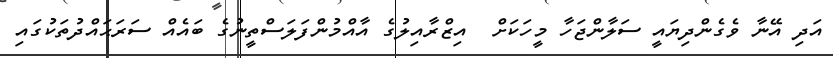
އަދި އޭނާ ވެގެންދިޔައީ ސަލާންޖަހާ މީހަކަށް  އިޒްރާއިލުގެ އާއްމުންފަލަސްތީނުގެ ބައެއް ސަރަޙައްދުތަކުގައި